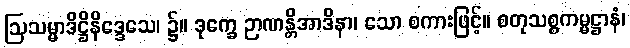
ဩသမ္မာဒိဋ္ဌိနိဒ္ဒေသေ၊ ၌။ ဒုက္ခေ ဉာဏန္တိအာဒိနာ၊ သော စကားဖြင့်။ စတုသစ္စကမ္မဋ္ဌာနံ၊